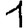
Digit: 1